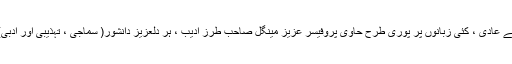
سوچی سمجھی بات کہنے کے عادی ، کئی زبانوں پر پوری طرح حاوی پروفیسر عزیز مینگل صاحبِ طرز ادیب ، ہر دلعزیز دانشور( سماجی ، تہذیبی اور ادبی) میں گہرے نقوش چھوڑے۔